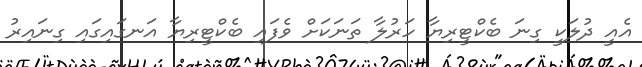
އެއީ ދުލަކީ ގިނަ ބެކްޓީރިޔާ ހަރުލާ ތަނަކަށް ވެފައި ބެކްޓީރިޔާ އަނގައިގައި ގިނައިރު